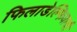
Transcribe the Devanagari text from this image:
फिलाडेल्फियाची